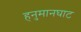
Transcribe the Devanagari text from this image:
हनुमानघाट